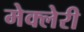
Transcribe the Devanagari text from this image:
मेक्लेरी